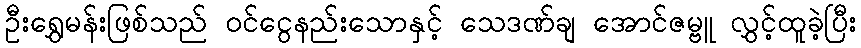
ဦးရွှေမန်းဖြစ်သည် ဝင်ငွေနည်းသောနှင့် သေဒဏ်ချ အောင်ဇမ္ဗူ လွှင့်ထူခဲ့ပြီး